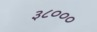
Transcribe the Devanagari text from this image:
३८०००